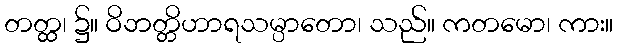
တတ္ထ၊ ၌။ ဝိဘတ္တိဟာရသမ္ပာတော၊ သည်။ ကတမော၊ ကား။